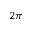
2 \pi